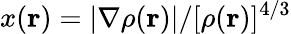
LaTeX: x({\mathbf r})=|\nabla\rho({\mathbf r})|/[\rho({\mathbf r})]^{4/3}